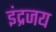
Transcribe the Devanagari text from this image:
इंद्रजय